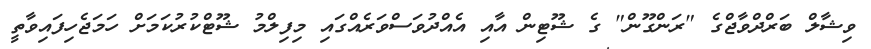
ވިޝާލް ބަރްދްވާޖްގެ "ރަންގޫން" ގެ ޝޫޓިން އާއި އެއްދުވަސްވަރެއްގައި މިފިލްމު ޝޫޓްކުރުކަމަށް ހަމަޖެހިފައިވާތީ